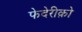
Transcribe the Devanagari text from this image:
फेदेरीक़ो